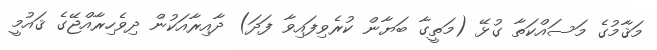
މަޤާމުގެ މަސައްކަތާ ގުޅޭ (މަތީގާ ބަޔާން ކުރެވިފައިވާ ފަދަ) ދާއިރާއަކުން ދިވެހިރާއްޖޭގެ ޤައުމީ